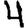
Digit: 4